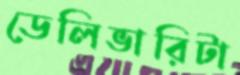
ডেলিভারিটা